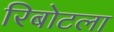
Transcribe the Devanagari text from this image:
रिबोटला